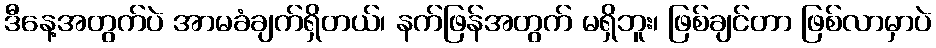
ဒီနေ့အတွက်ပဲ အာမခံချက်ရှိတယ်၊ နက်ဖြန်အတွက် မရှိဘူး၊ ဖြစ်ချင်တာ ဖြစ်လာမှာပဲ